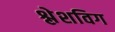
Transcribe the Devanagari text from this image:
श्लेशविग